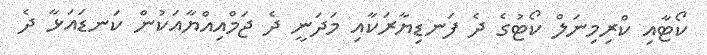
ކޯޓާއި ކްރިމިނަލް ކޯޓުގެ ދެ ފަނޑިޔާރަކާއި މަދަނީ ދެ ޖަމްއިއްޔާއަކުން ކަނޑައަޅާ ދެ